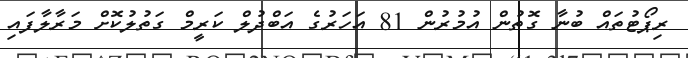
ރިޕޯޓުތައް ބުނާ ގޮތުން އުމުރުން 81 އަހަރުގެ އަބްދުލް ކަރީމް ގަތުލުކޮށް މަރާލާފައި